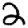
Digit: 2